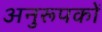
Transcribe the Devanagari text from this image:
अनुरूपकों